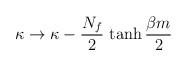
LaTeX: \begin{align*}\kappa\rightarrow \kappa - {N_{f}\over 2}\,\tanh {\beta m\over 2}\end{align*}